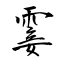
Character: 霎